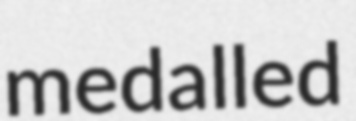
medalled